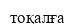
тоқалға